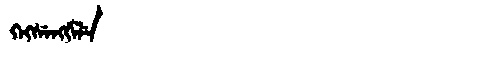
Manchu: ᡴᡝᡴᠰᡝᠩᡤᡝᠯᡝ
Romanization: KEKSENGGELE